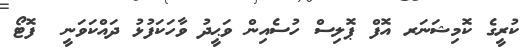
ކުރީގެ ކޮމިޝަނަރ އޮފް ޕޮލިސް ހުސެއިން ވަޙީދު ވާހަކަފުޅު ދައްކަވަނީ  ފޮޓޯ